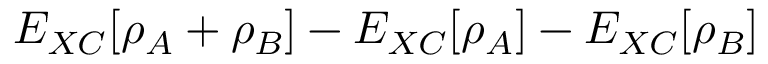
E _ { X C } [ \rho _ { A } + \rho _ { B } ] - E _ { X C } [ \rho _ { A } ] - E _ { X C } [ \rho _ { B } ]